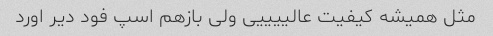
مثل همیشه کیفیت عالییییی ولی بازهم اسپ فود دیر اورد